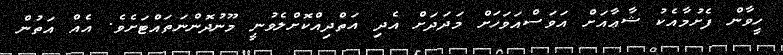
ހީވާން ފެށުމާއެކު ޝާޢާއަށް އަވަސްއަވަހަށް މަދަދަށް އެދި އަތްދިއްކޮށްލެވުނީ މޫނުދޮންނަތައްޓަށެވެ. އެއް އަތުން